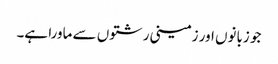
جو زبانوں اور زمینی رشتوں سے ماورا ہے۔